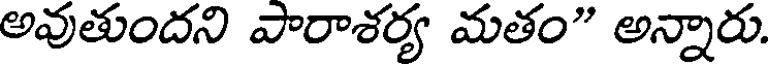
అవుతుందని పారాశర్య మతం" అన్నారు.